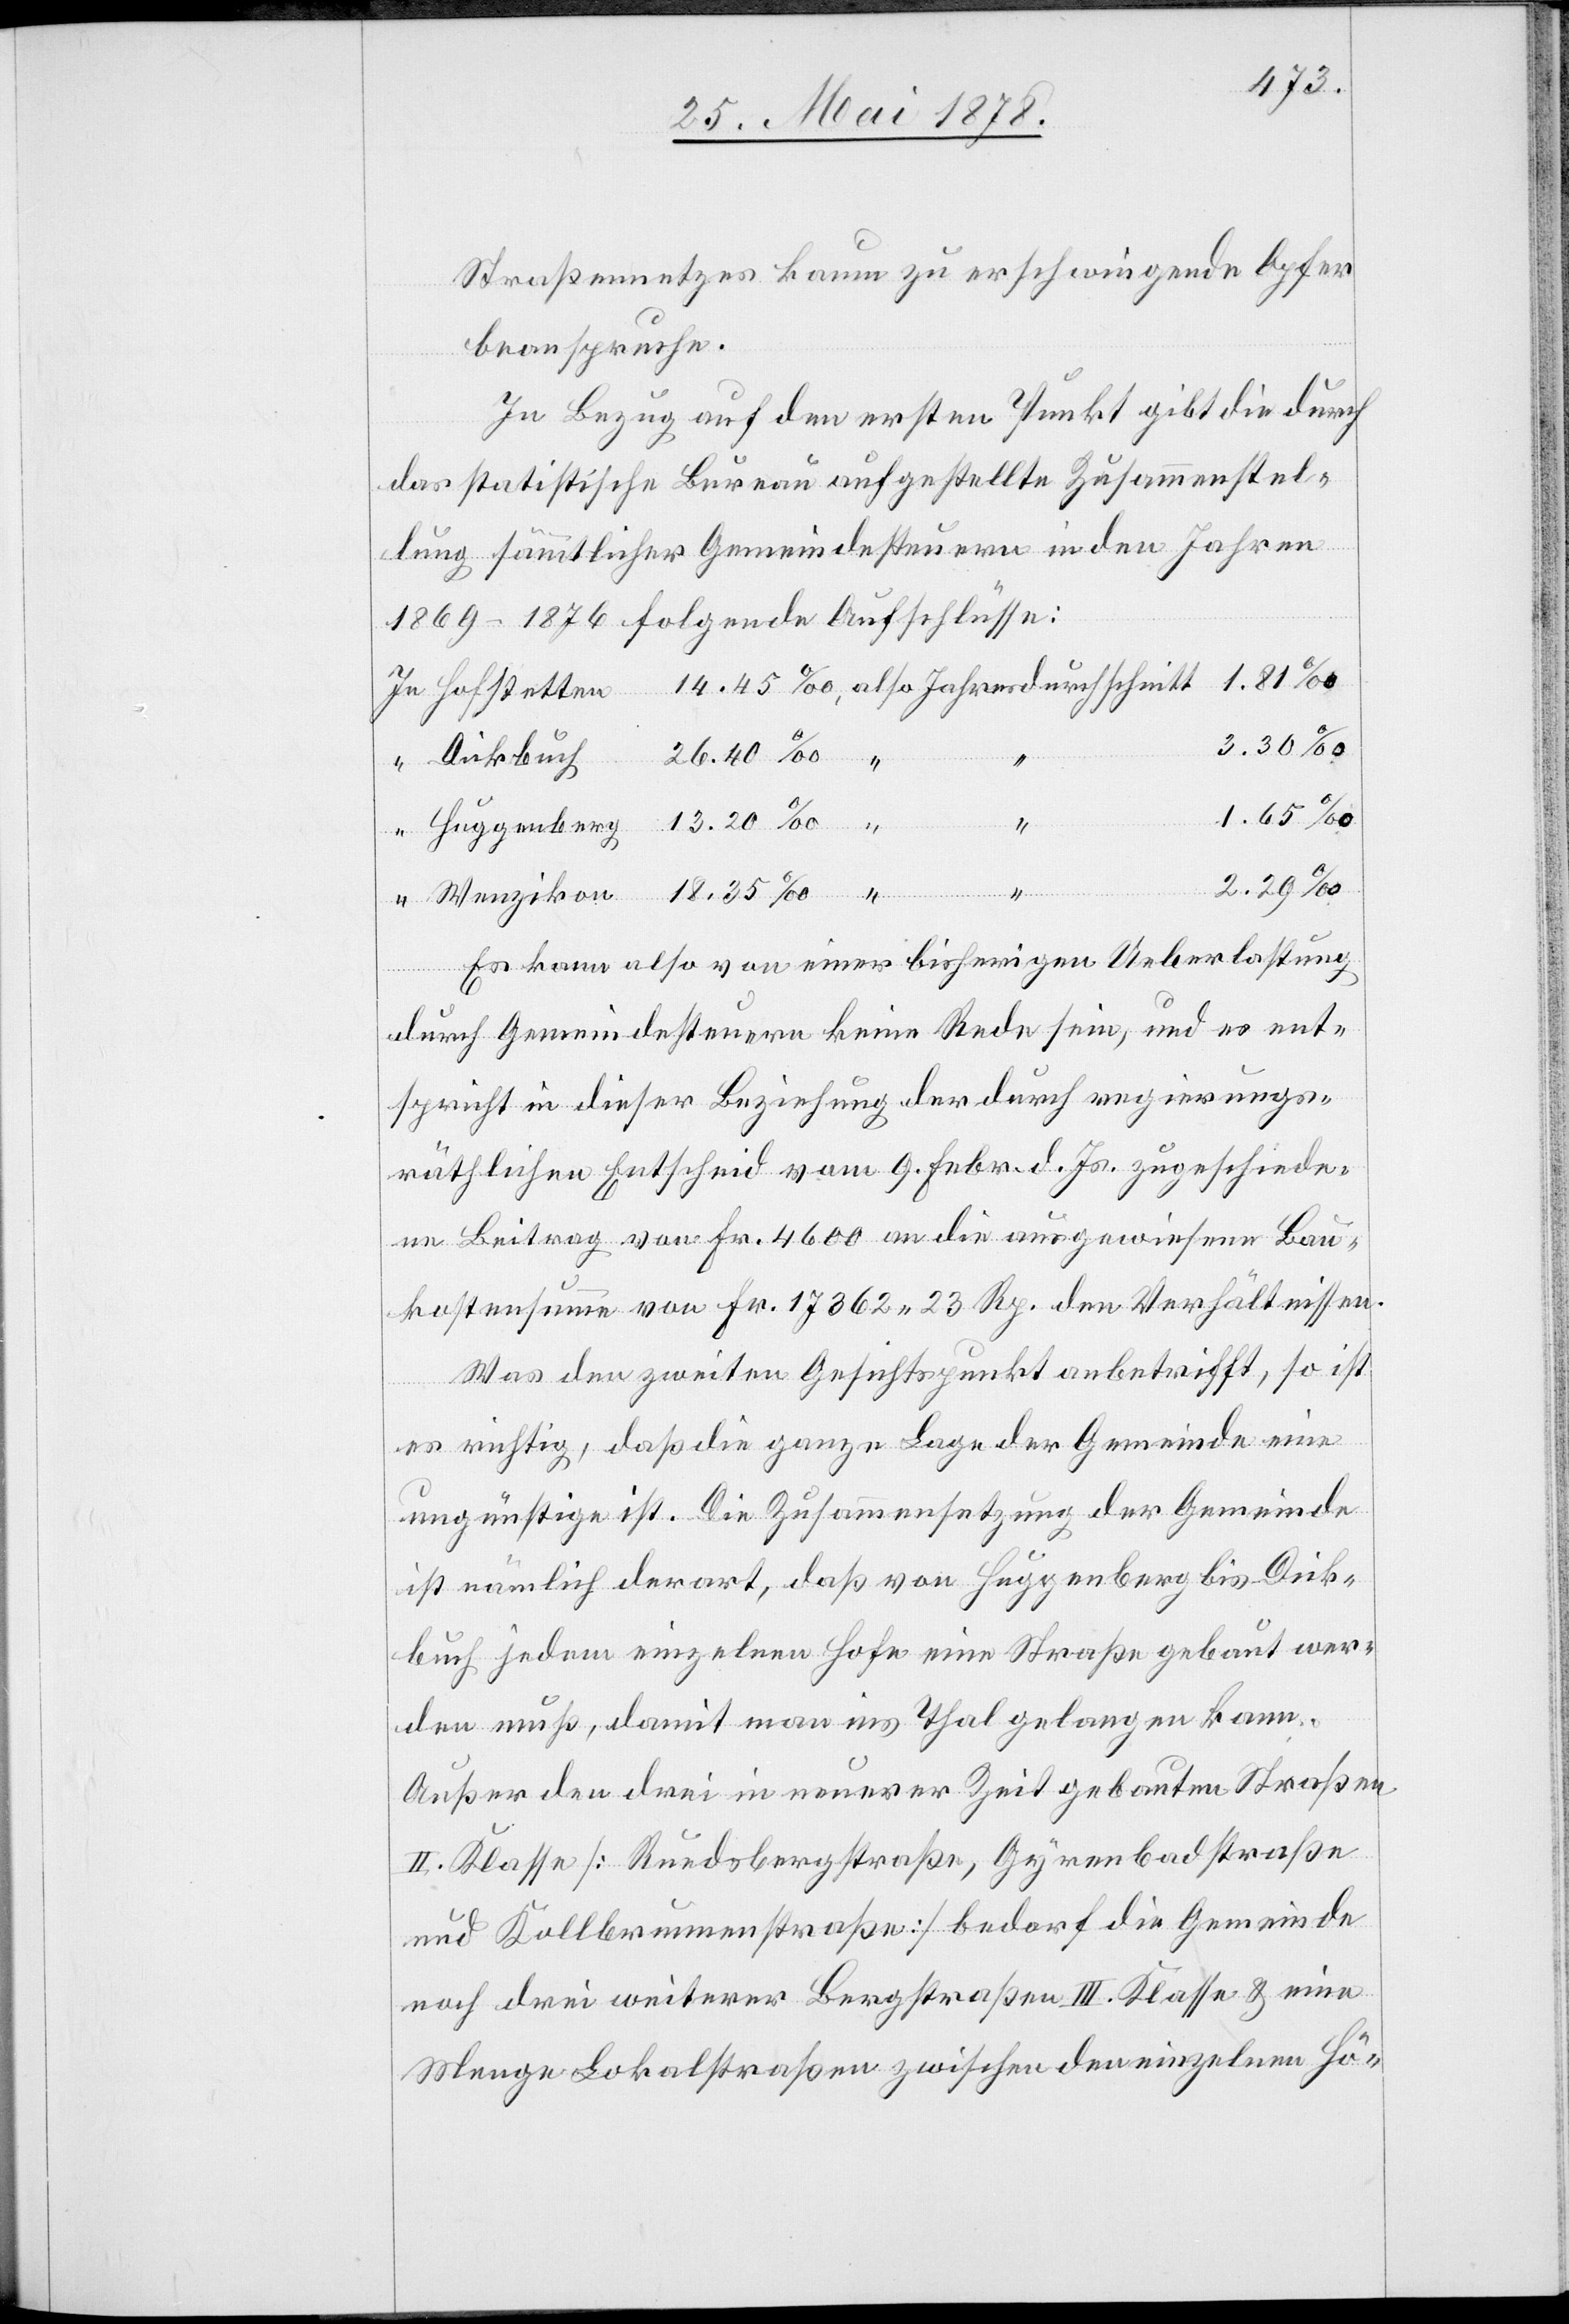
Straßennetzes kaum zu erschwingende Opfer
beanspruche.
In Bezug auf den ersten Punkt gibt die durch
das statistische Bureau aufgestellte Zusammenstel¬
lung sämmtlicher Gemeindesteuern in den Jahren
1869–1876 folgende Aufschlüsse:
In
Hofstetten
3.30‰
Dickbuch
2.29‰
Es kann also von einer bisherigen Ueberlastung
durch Gemeindesteuern keine Rede sein, und es ent¬
spricht in dieser Beziehung der durch regierungs¬
räthlichen Entscheid vom 9. Febr. d. Js. zugeschiede¬
ne Beitrag von Fr. 4600 an die ausgewiesene Bau¬
kostensumme von Fr. 17362 23 Rp. den Verhältnissen.
Was den zweiten Gesichtspunkt anbetrifft, so ist
es richtig, das die ganze Lage der Gemeinde eine
ungünstige ist. Die Zusammensetzung der Gemeinde
ist nämlich derart, daß von Huggenberg bis Dick¬
buch jedem einzelnen Hofe eine Straße gebaut wer¬
den muß, damit man ins Thal gelangen kann.
Außer den drei in neuerer Zeit gebauten Straßen
II. Klasse [Ruedsbergstraße, Gyrenbadstraße
und Kollbrunnenstraße] bedarf die Gemeinde
noch drei weiterer Bergstraßen III. Klasse & eine
Menge Lokalstraßen zwischen den einzelnen Hö-